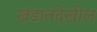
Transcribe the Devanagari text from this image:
खंडातदेखील